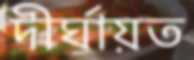
দীর্ঘায়ত